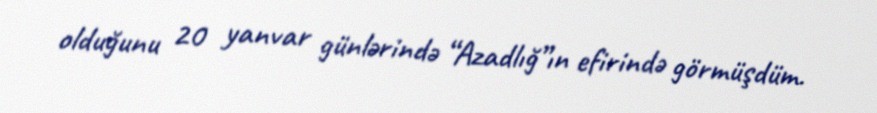
olduğunu 20 yanvar günlərində “Azadlığ”ın efirində görmüşdüm.